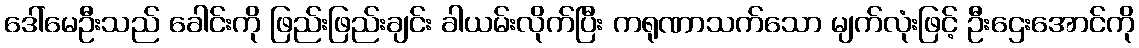
ဒေါ်မေဦးသည် ခေါင်းကို ဖြည်းဖြည်းချင်း ခါယမ်းလိုက်ပြီး ကရုဏာသက်သော မျက်လုံးဖြင့် ဦးဌေးအောင်ကို